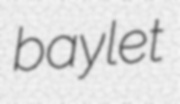
baylet